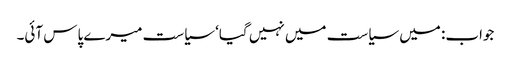
جواب: میں سیاست میں نہیں گیا‘ سیاست میرے پاس آئی۔